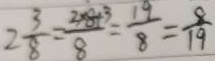
2 \frac { 3 } { 8 } = \frac { 2 \times 8 + 3 } { 8 } = \frac { 1 9 } { 8 } = \frac { 8 } { 1 9 }